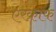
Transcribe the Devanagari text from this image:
एरक्राफ